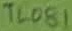
Text: TL081